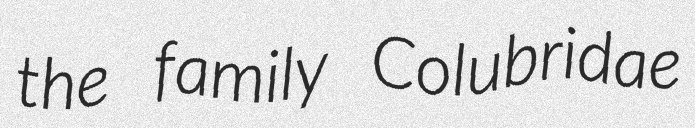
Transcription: the family Colubridae